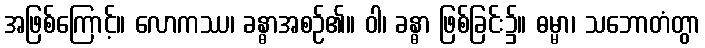
အဖြစ်ကြောင့်။ လောကဿ၊ ခန္ဓာအစဉ်၏။ ဝါ၊ ခန္ဓာ ဖြစ်ခြင်း၌။ ဓမ္မာ၊ သဘောတံတွာ